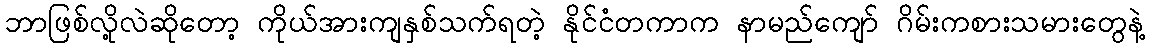
ဘာဖြစ်လို့လဲဆိုတော့ ကိုယ်အားကျနှစ်သက်ရတဲ့ နိုင်ငံတကာက နာမည်ကျော် ဂိမ်းကစားသမားတွေနဲ့